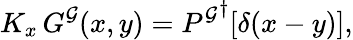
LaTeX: K_{x}\, G^{\cal G}(x,y)={P^{\cal G}}^{\dagger}[\delta(x-y)],